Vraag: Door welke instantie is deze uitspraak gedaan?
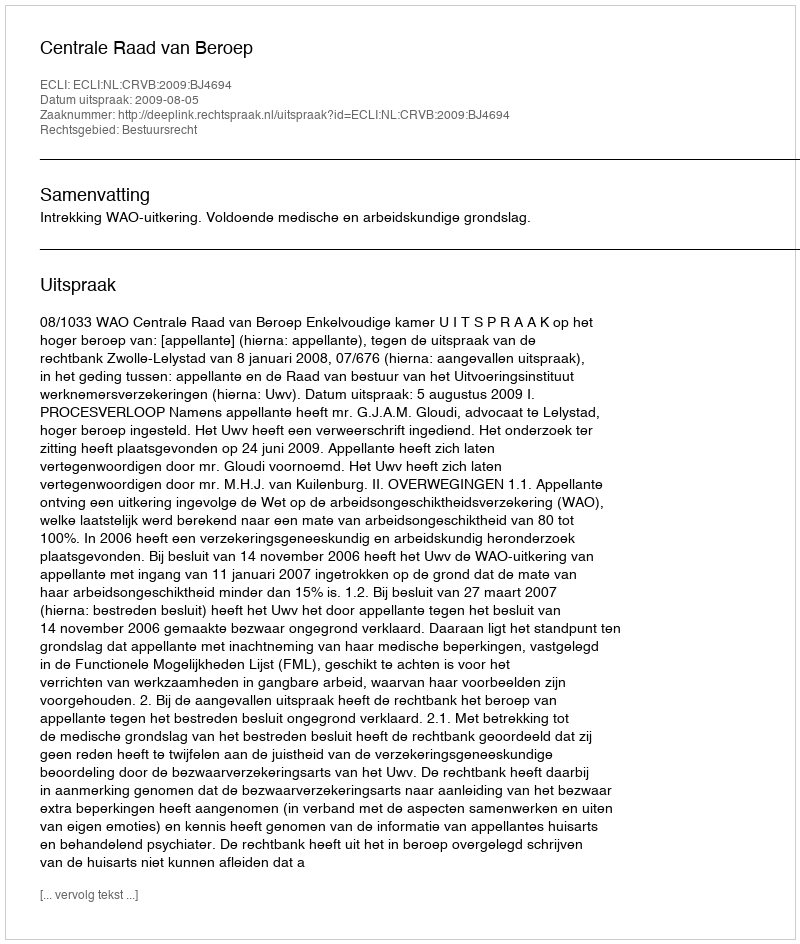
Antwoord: Centrale Raad van Beroep